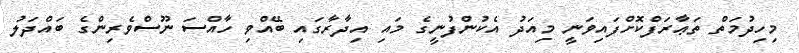
މިހިދުމަތް ތަޢާރަފްކޮށްފައިވަނީ މިއަދު އެކުންފުނީގެ މައި އިދާރާގައި ބޭއްވި ހާއްސަ ނޫސްވެރިންގެ ބައްދަލު